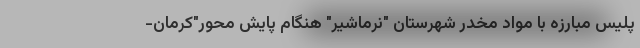
پلیس مبارزه با مواد مخدر شهرستان "نرماشیر" هنگام پایش محور"کرمان-